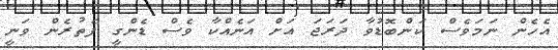
އެހެން ނަމަވެސް ކަންބޮޑުވާ ދަރަޖަ އަށް އަނެއްކާ ވެސް ޑެންގީ ފެތުރެން ވަނީ